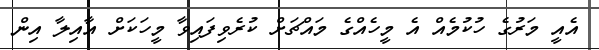
އެއީ މަރުގެ ހުކުމެއް އެ މީހެއްގެ މައްޗަށް ކުރެވިފައިވާ މީހަކަށް އާއިލާ އިން